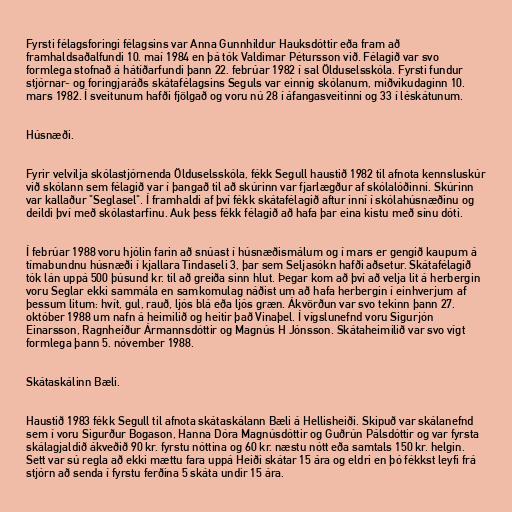
Fyrsti félagsforingi félagsins var Anna Gunnhildur Hauksdóttir eða fram að
framhaldsaðalfundi 10. maí 1984 en þá tók Valdimar Pétursson við. Félagið var svo
formlega stofnað á hátíðarfundi þann 22. febrúar 1982 í sal Ölduselsskóla. Fyrsti fundur
stjórnar- og foringjaráðs skátafélagsins Seguls var einnig skólanum, miðvikudaginn 10.
mars 1982. Í sveitunum hafði fjölgað og voru nú 28 í áfangasveitinni og 33 í léskátunum.

Húsnæði.

Fyrir velvilja skólastjórnenda Ölduselsskóla, fékk Segull haustið 1982 til afnota kennsluskúr
við skólann sem félagið var í þangað til að skúrinn var fjarlægður af skólalóðinni. Skúrinn
var kallaður "Seglasel". Í framhaldi af því fékk skátafélagið aftur inní í skólahúsnæðinu og
deildi því með skólastarfinu. Auk þess fékk félagið að hafa þar eina kistu með sínu dóti.

Í febrúar 1988 voru hjólin farin að snúast í húsnæðismálum og í mars er gengið kaupum á
tímabundnu húsnæði í kjallara Tindaseli 3, þar sem Seljasókn hafði aðsetur. Skátafélagið
tók lán uppá 500 þúsund kr. til að greiða sinn hlut. Þegar kom að því að velja lit á herbergin
voru Seglar ekki sammála en samkomulag náðist um að hafa herbergin í einhverjum af
þessum litum: hvít, gul, rauð, ljós blá eða ljós græn. Ákvörðun var svo tekinn þann 27.
október 1988 um nafn á heimilið og heitir það Vinaþel. Í vígslunefnd voru Sigurjón
Einarsson, Ragnheiður Ármannsdóttir og Magnús H Jónsson. Skátaheimilið var svo vígt
formlega þann 5. nóvember 1988.

Skátaskálinn Bæli.

Haustið 1983 fékk Segull til afnota skátaskálann Bæli á Hellisheiði. Skipuð var skálanefnd
sem í voru Sigurður Bogason, Hanna Dóra Magnúsdóttir og Guðrún Pálsdóttir og var fyrsta
skálagjaldið ákveðið 90 kr. fyrstu nóttina og 60 kr. næstu nótt eða samtals 150 kr. helgin.
Sett var sú regla að ekki mættu fara uppá Heiði skátar 15 ára og eldri en þó fékkst leyfi frá
stjórn að senda í fyrstu ferðina 5 skáta undir 15 ára.